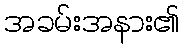
အခမ်းအနား၏